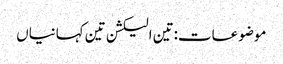
موضوعات:تین الیکشن تین کہانیاں